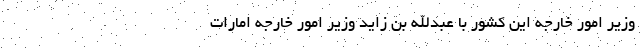
وزیر امور خارجه این کشور با عبدالله بن زاید وزیر امور خارجه امارات